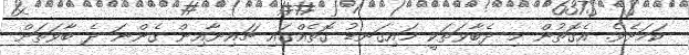
ކަމަށެވެ. އެގޮތުން މި ދެބާވަތަކީ މައިގަނޑު ގޮތެއްގައި ޗައިނާއިން ގެންނަ ދެ ބާވަތަށް